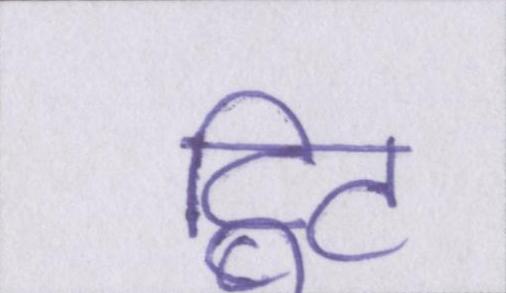
ट्विट